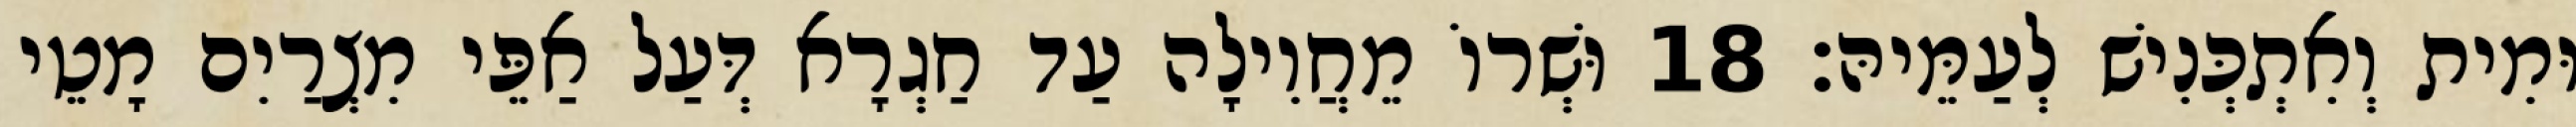
וּמִית וְאִתְכְּנִישׁ לְעַמֵּיהּ׃ 18 וּשְׁרוֹ מֵחֲוִילָה עַד חַגְרָא דְּעַל אַפֵּי מִצְרַיִם מָטֵי